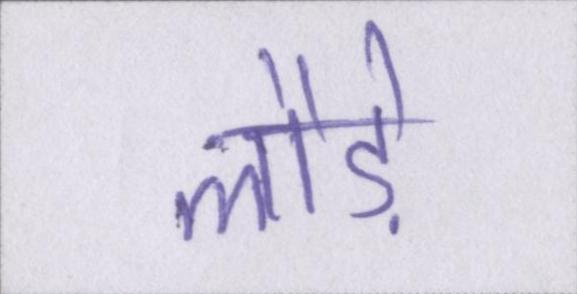
लौड़े